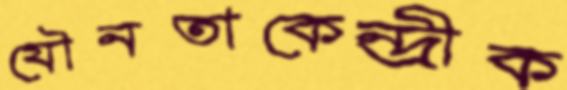
যৌনতাকেন্দ্রীক